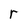
Character: r